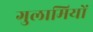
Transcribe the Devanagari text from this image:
गुलामियों